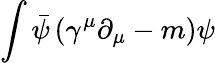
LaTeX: \int{\bar{\psi}}\left(\gamma^{\mu}\partial_{\mu}-m\right)\psi